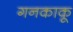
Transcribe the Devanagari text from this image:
गनकाकू